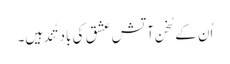
اُن کے سُخن آتشِ عشق کی بادِ تُند ہیں۔